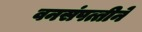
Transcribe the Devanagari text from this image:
वनसंपत्तीने